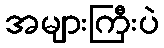
အများကြီးပဲ